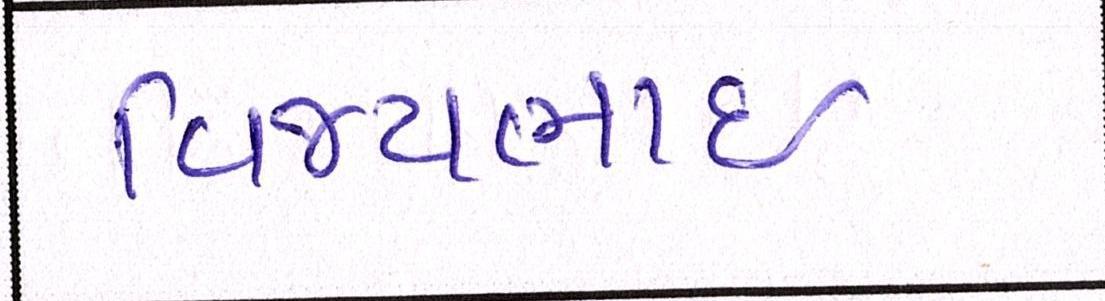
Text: વિજયભાઈ